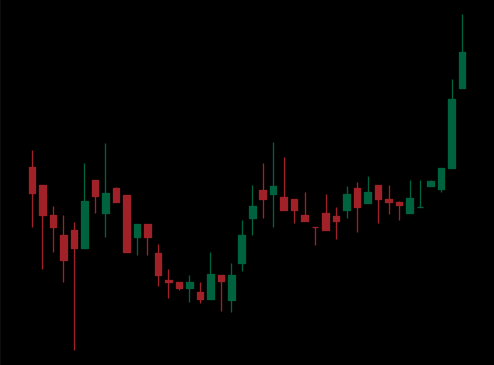
Pattern: inverse_head_shoulders